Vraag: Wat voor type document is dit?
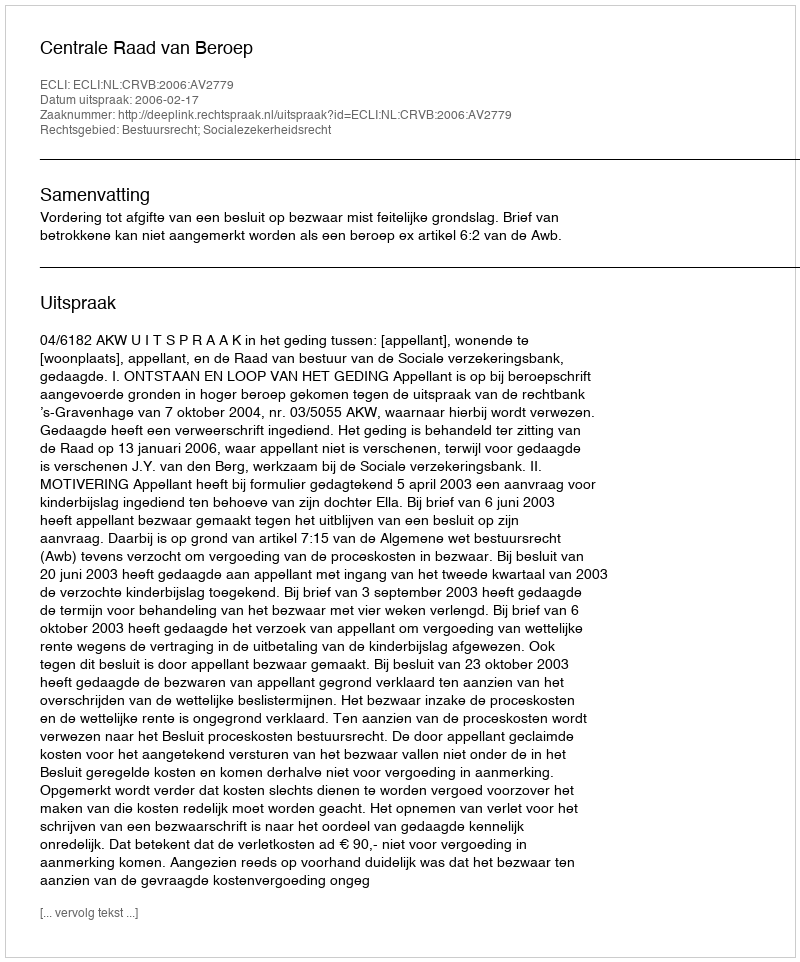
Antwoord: Uitspraak